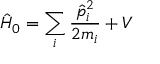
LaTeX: { \hat { H } } _ { 0 } = \sum _ { i } { \frac { { \hat { p } } _ { i } ^ { 2 } } { 2 m _ { i } } } + V